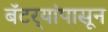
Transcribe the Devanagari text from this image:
बॅटर्‍यांपासून